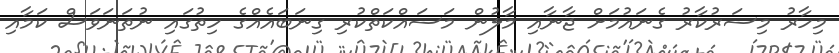
މިހާރު މިސަރުކާރު ގެނައުމަށް ޖާނާއި މާލުން މަސައްކަތްކުރި ގިނަބައެއްގެ ހިތުގައި ނުތަނަވަސް ކަމާއި